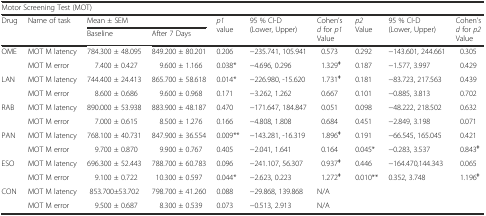
<table><thead><tr><td colspan="10"><b>Motor Screening Test (MOT)</b></td></tr><tr><td rowspan="2"><b>Drug</b></td><td rowspan="2"><b>Name of task</b></td><td colspan="2"><b>Mean ± SEM</b></td><td rowspan="2"><b><i>p1</i> value</b></td><td rowspan="2"><b>95 % CI-D (Lower, Upper)</b></td><td rowspan="2"><b>Cohen’s <i>d</i> for <i>p1</i> Value</b></td><td rowspan="2"><b><i>p2</i> Value</b></td><td rowspan="2"><b>95 % CI-D (Lower, Upper)</b></td><td rowspan="2"><b>Cohen’s <i>d</i> for <i>p2</i> Value</b></td></tr><tr><td><b>Baseline</b></td><td><b>After 7 Days</b></td></tr></thead><tbody><tr><td rowspan="2">OME</td><td>MOT M latency</td><td>784.300 ± 48.095</td><td>849.200 ± 80.201</td><td>0.206</td><td>−235.741, 105.941</td><td>0.573</td><td>0.292</td><td>−143.601, 244.661</td><td>0.305</td></tr><tr><td>MOT M error</td><td>7.400 ± 0.427</td><td>9.600 ± 1.166</td><td>0.038*</td><td>−4.696, 0.296</td><td>1.329<sup><b>ǂ</b></sup></td><td>0.187</td><td>−1.577, 3.997</td><td>0.429</td></tr><tr><td rowspan="2">LAN</td><td>MOT M latency</td><td>744.400 ± 24.413</td><td>865.700 ± 58.618</td><td>0.014*</td><td>−226.980, -15.620</td><td>1.731<sup><b>ǂ</b></sup></td><td>0.181</td><td>−83.723, 217.563</td><td>0.439</td></tr><tr><td>MOT M error</td><td>8.600 ± 0.686</td><td>9.600 ± 0.968</td><td>0.171</td><td>−3.262, 1.262</td><td>0.667</td><td>0.101</td><td>−0.885, 3.813</td><td>0.702</td></tr><tr><td rowspan="2">RAB</td><td>MOT M latency</td><td>890.000 ± 53.938</td><td>883.900 ± 48.187</td><td>0.470</td><td>−171.647, 184.847</td><td>0.051</td><td>0.098</td><td>−48.222, 218.502</td><td>0.632</td></tr><tr><td>MOT M error</td><td>7.000 ± 0.615</td><td>8.500 ± 1.276</td><td>0.166</td><td>−4.808, 1.808</td><td>0.684</td><td>0.451</td><td>−2.849, 3.198</td><td>0.071</td></tr><tr><td rowspan="2">PAN</td><td>MOT M latency</td><td>768.100 ± 40.731</td><td>847.900 ± 36.554</td><td>0.009**</td><td>−143.281, -16.319</td><td>1.896<sup><b>ǂ</b></sup></td><td>0.191</td><td>−66.545, 165.045</td><td>0.421</td></tr><tr><td>MOT M error</td><td>9.700 ± 0.870</td><td>9.900 ± 0.767</td><td>0.405</td><td>−2.041, 1.641</td><td>0.164</td><td>0.045*</td><td>−0.283, 3.537</td><td>0.843<sup><b>ǂ</b></sup></td></tr><tr><td rowspan="2">ESO</td><td>MOT M latency</td><td>696.300 ± 52.443</td><td>788.700 ± 60.783</td><td>0.096</td><td>−241.107, 56.307</td><td>0.937<sup><b>ǂ</b></sup></td><td>0.446</td><td>−164.470,144.343</td><td>0.065</td></tr><tr><td>MOT M error</td><td>9.100 ± 0.722</td><td>10.300 ± 0.597</td><td>0.044*</td><td>−2.623, 0.223</td><td>1.272<sup><b>ǂ</b></sup></td><td>0.010**</td><td>0.352, 3.748</td><td>1.196<sup><b>ǂ</b></sup></td></tr><tr><td rowspan="2">CON</td><td>MOT M latency</td><td>853.700±53.702</td><td>798.700 ± 41.260</td><td>0.088</td><td>−29.868, 139.868</td><td colspan="4">N/A</td></tr><tr><td>MOT M error</td><td>9.500 ± 0.687</td><td>8.300 ± 0.539</td><td>0.073</td><td>−0.513, 2.913</td><td colspan="4">N/A</td></tr></tbody></table>